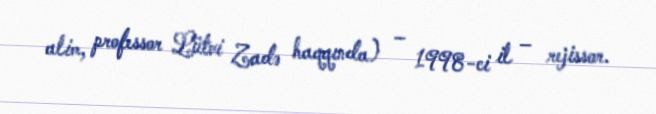
alim, professor Lütvi Zadə haqqında) – 1998-ci il – rejissor.